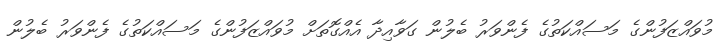
މުވައްޒަފުންގެ މަސައްކަތުގެ ފެންވަރު ބެލުން ގަވާއިދާ އެއްގޮތަށް މުވައްޒަފުންގެ މަސައްކަތުގެ ފެންވަރު ބެލުން